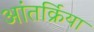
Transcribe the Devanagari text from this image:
आंतर्क्रिया